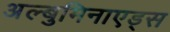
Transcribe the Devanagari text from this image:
अल्बुमिनाएड्स